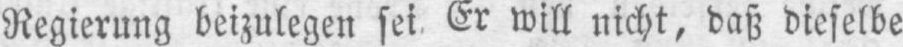
Regierung beizulegen sei. Er will nicht, daß dieselbe